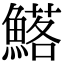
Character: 𮬉